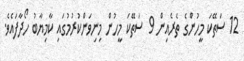
12 ސަތޭކަ މީހުންގެ ތެރެއިން 9 ސަތޭކަ މީހުން މިނިވަންކުރުމުގައި ކާމިޔާބު ހޯދާފައެވެ.